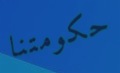
حكومتنا